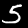
Digit: 5